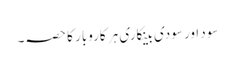
سود اور سودی بینکاری ہر کاروبار کا حصہ۔